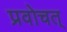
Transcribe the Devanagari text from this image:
प्रवोचत्